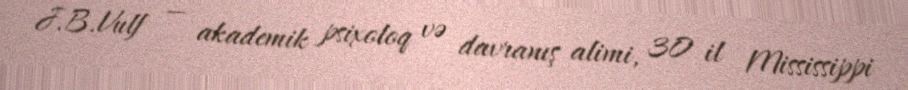
J.B.Vulf — akademik psixoloq və davranış alimi, 30 il Mississippi